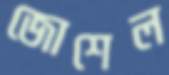
জোশেল